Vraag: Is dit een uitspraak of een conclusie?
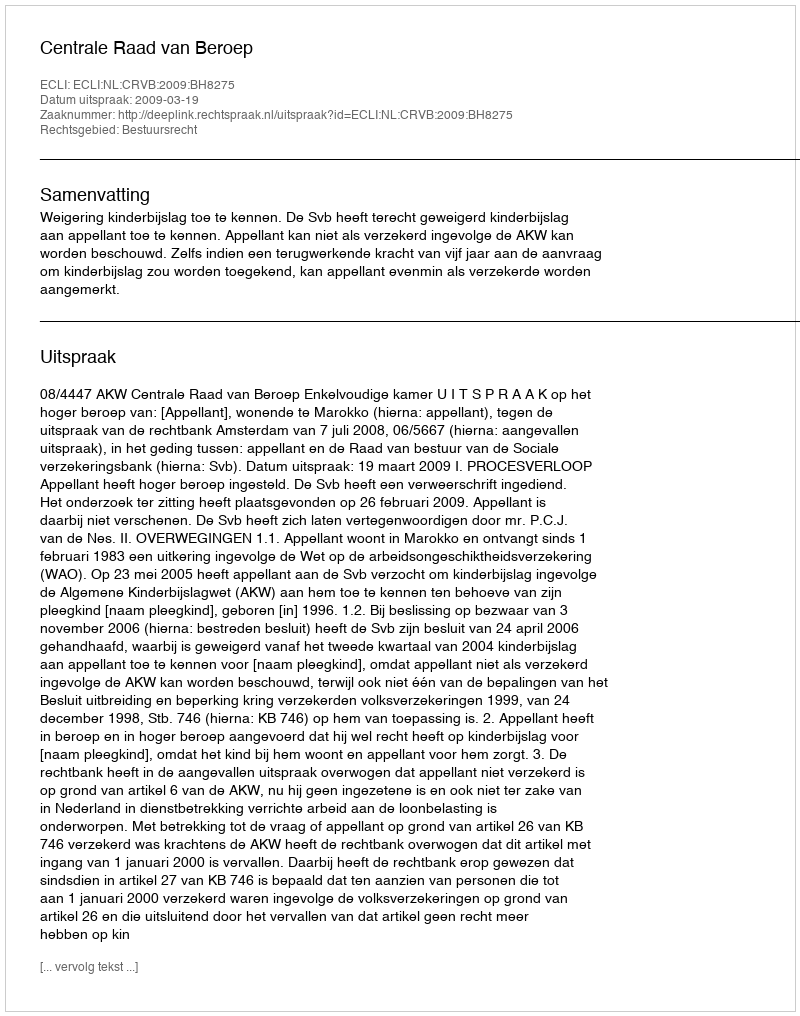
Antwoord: Uitspraak